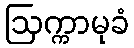
ဩက္ကာမုခံ